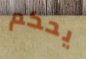
يحكم